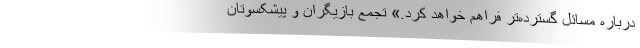
درباره مسائل گسترده‌تر فراهم خواهد کرد.» تجمع بازیگران و پیشکسوتان